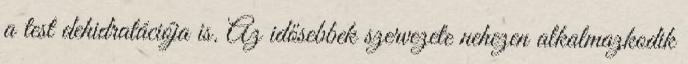
a test dehidratációja is. Az idősebbek szervezete nehezen alkalmazkodik